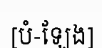
[បំ-ឡែង]